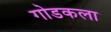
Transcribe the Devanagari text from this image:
गोडकला